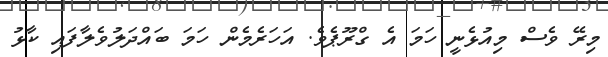
މިރޭ ވެސް މިއުޅެނީ ހަމަ އެ ގްރޫޕެވެ. އަހަރެމެން ހަމަ ބައްދަލުވެލާފައި ކާޅު